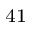
^ { 4 1 }